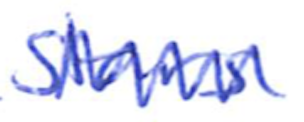
Text: stars
Cross-out: zig-zag
Writing tool: ballpoint